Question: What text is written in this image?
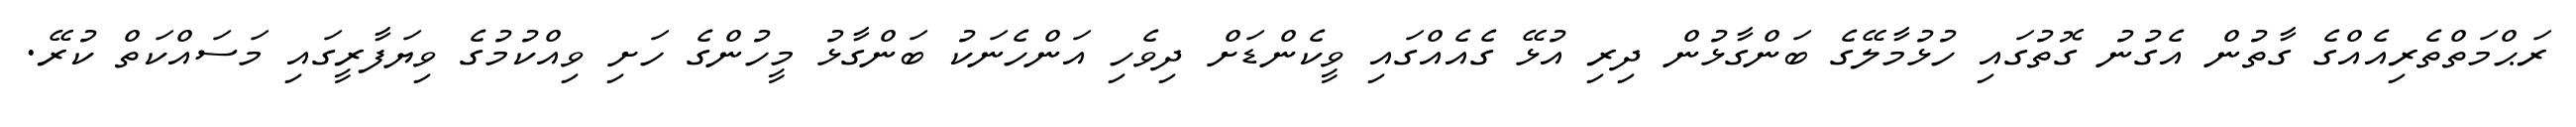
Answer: ރަޙްމަތްތެރިއެއްގެ ގާތުން އެގުނު ގޮތުގައި ހުޅުމާލޭގެ ބަންގާޅުން ދިރި އުޅޭ ގެއެއްގައި ވީކެންޑަށް ދިވެހި އަންހެނަކު ބަންގާޅު މީހުންގެ ހަށި ވިއްކުމުގެ ވިޔަފާރީގައި މަސައްކަތް ކުރޭ.